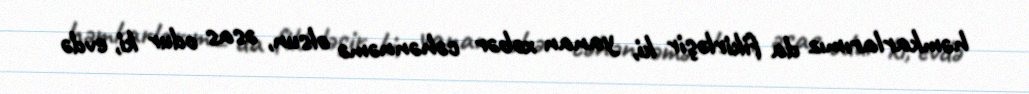
həmkarlarımız da fikirləşir ki, yanan xəbər cəhənnəmə olsun, əsas odur ki, evdə